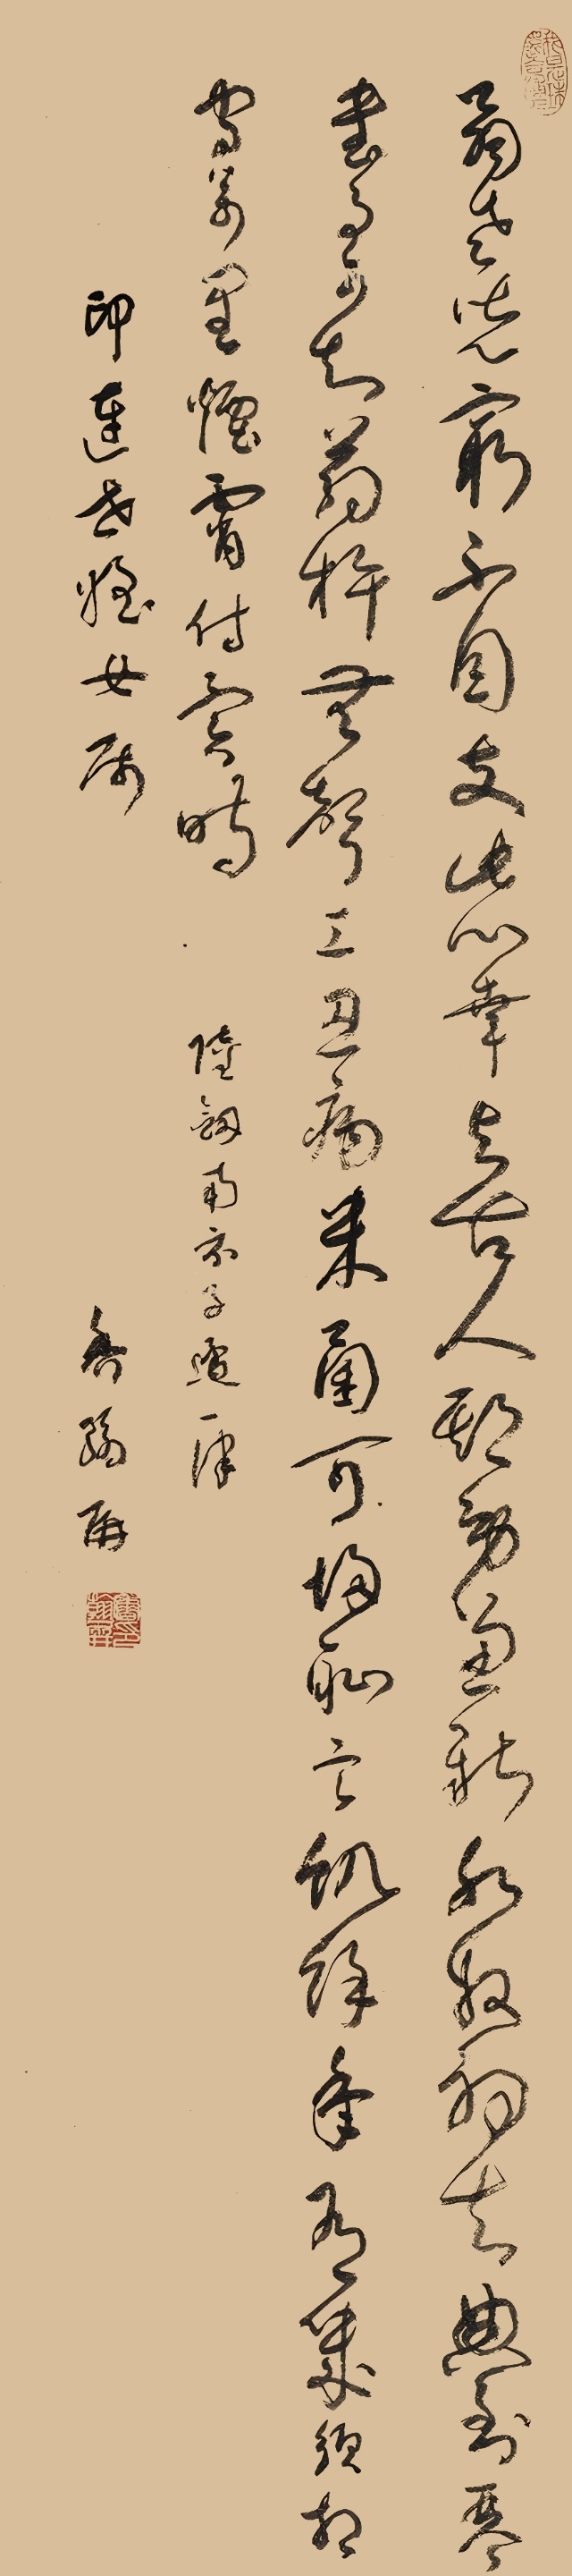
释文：翁老儿穷不自支，此心幸与古人期。劳兼薪水奴初去，典到琴书事可知。药杵无声工忍病，米囷可扫耻言饥。余年有几须相守，万里烟霄付异时。陆剑南示子遹一律。印连世姪女属，香翰屏。